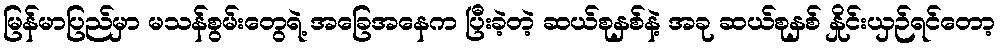
မြန်မာပြည်မှာ မသန်စွမ်းတွေရဲ့ အခြေအနေက ပြီးခဲ့တဲ့ ဆယ်စုနှစ်နဲ့ အခု ဆယ်စုနှစ် နှိုင်းယှဉ်ရင်တော့